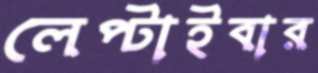
লেপ্‌টাইবার